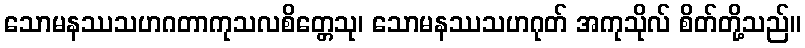
သောမနဿသဟဂတာကုသလစိတ္တေသု၊ သောမနဿသဟဂုတ် အကုသိုလ် စိတ်တို့သည်။